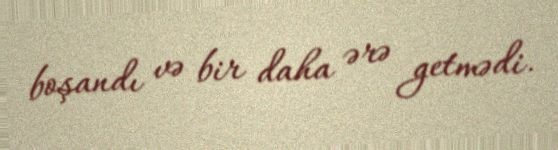
boşandı və bir daha ərə getmədi.